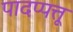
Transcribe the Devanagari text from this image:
पादप्पत्तू